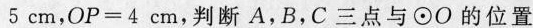
5 cm，$$OP= 4 cm$$，判断A，B，C三点与⊙O的位置